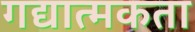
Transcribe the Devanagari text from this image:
गद्यात्मकता